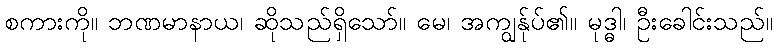
စကားကို။ ဘဏမာနာယ၊ ဆိုသည်ရှိသော်။ မေ၊ အကျွန်ုပ်၏။ မုဒ္ဓါ၊ ဦးခေါင်းသည်။